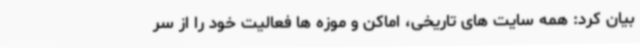
بیان کرد: همه سایت های تاریخی، اماکن و موزه ها فعالیت خود را از سر